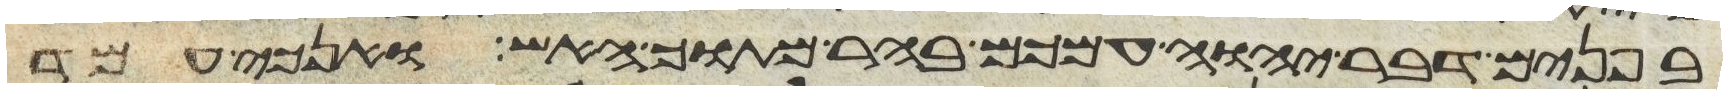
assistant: בפנים דבר יהוה עמכם בהר מתוך האש ואנכי עמד